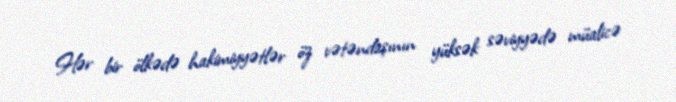
Hər bir ölkədə hakimiyyətlər öz vətəndaşının yüksək səviyyədə müalicə